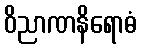
ဝိညာဏနိရောဓံ